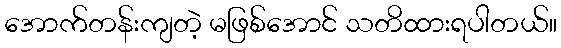
အောက်တန်းကျတဲ့ မဖြစ်အောင် သတိထားရပါတယ်။